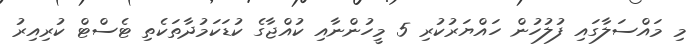
މި މައްސަލާގައި ފުލުހުން ހައްޔަރުކުރި 5 މީހުންނާއި ކުއްޖާގެ ކުޑަކަމުދާތަކެތި ޓެސްޓް ކުރިއިރު